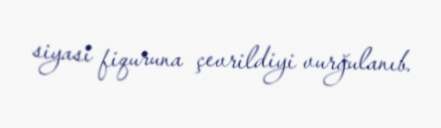
siyasi fiquruna çevrildiyi vurğulanıb.